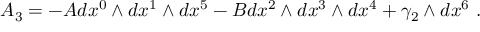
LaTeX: A _ { 3 } = - A d x ^ { 0 } \wedge d x ^ { 1 } \wedge d x ^ { 5 } - B d x ^ { 2 } \wedge d x ^ { 3 } \wedge d x ^ { 4 } + \gamma _ { 2 } \wedge d x ^ { 6 } \ .